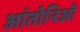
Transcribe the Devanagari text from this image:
आंतोनिओ